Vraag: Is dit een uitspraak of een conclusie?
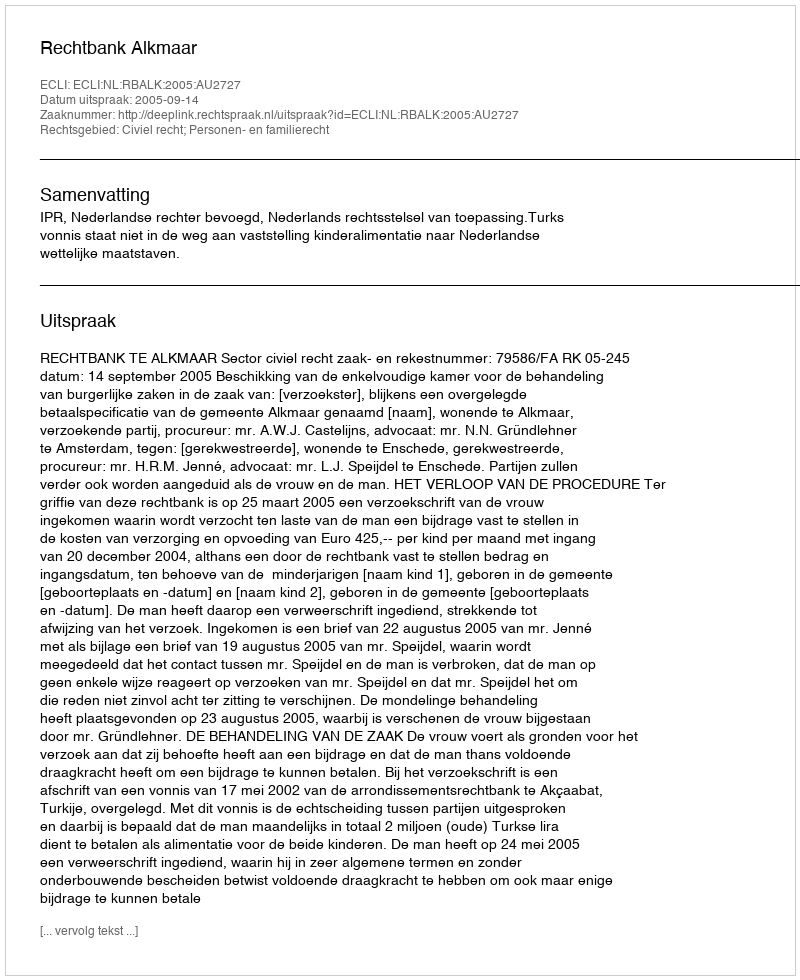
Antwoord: Uitspraak